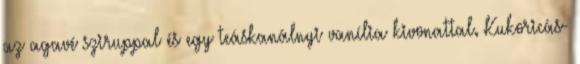
az agavé sziruppal és egy teáskanálnyi vanília kivonattal. Kukoricás-